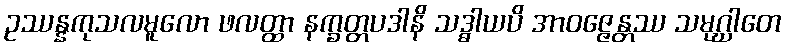
ဥဿန္နကုသလမူလော ဖလတ္ထာ နက္ခတ္တပဒါနိ သဒ္ဓါယပိ အာဝဇ္ဇေန္တဿ သမုဂ္ဃါတေ